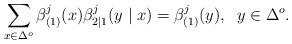
LaTeX: \begin{align*}\sum_{x \in \Delta^o} \beta^j_{(1)} (x) \beta^j_{2|1}(y \mid x) = \beta^j_{(1)} (y), \;\; y\in \Delta^o.\end{align*}